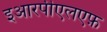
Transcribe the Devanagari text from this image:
इआरपीएलएफ़